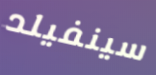
سينفيلد